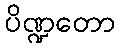
ပိဏ္ဍတော